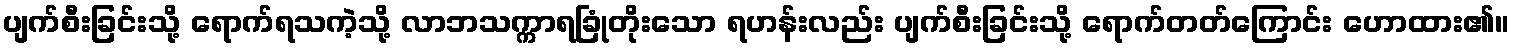
ပျက်စီးခြင်းသို့ ရောက်ရသကဲ့သို့ လာဘသက္ကာရခြုံတိုးသော ရဟန်းလည်း ပျက်စီးခြင်းသို့ ရောက်တတ်ကြောင်း ဟောထား၏။